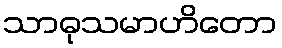
သာဓုသမာဟိတော